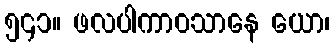
၅၄၁။ ဖလပါကာဝသာနေ ယော၊